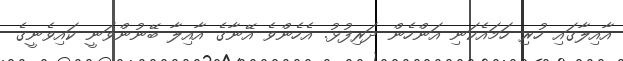
އާއިލާގައި ހުރި ހަމައެކަނި އަންހެން ދަރިފުޅު. އެހެންވެ އޭނާގެ އާއިލާ ބޭނުންވަނީ ކައިވެނީގެ